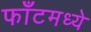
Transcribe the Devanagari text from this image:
फाँटमध्ये